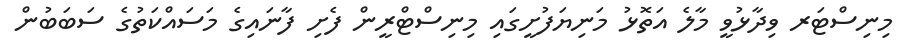
މިނިސްޓަރ ވިދާޅުވީ މާލެ އަތޮޅު މަނިޔަފުށީގައި މިނިސްޓްރީން ފެށި ފާނައިގެ މަސައްކަތުގެ ސަބަބުން